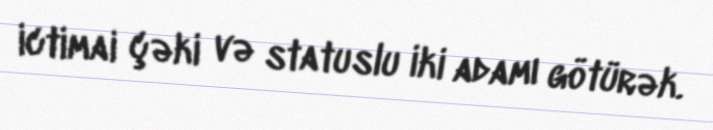
ictimai çəki və statuslu iki adamı götürək.